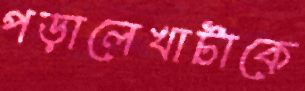
পড়ালেখাটাকে